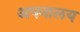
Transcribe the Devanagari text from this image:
अपनालय